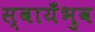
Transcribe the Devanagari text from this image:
स्वायँभुव